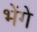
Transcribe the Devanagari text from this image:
भेंगे